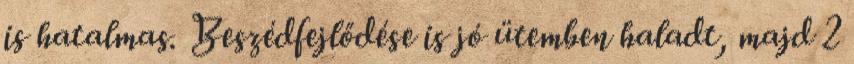
is hatalmas. Beszédfejlődése is jó ütemben haladt, majd 2